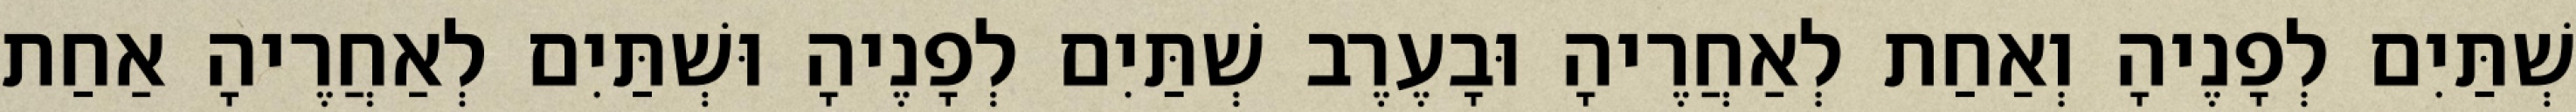
שְׁתַּיִם לְפָנֶיהָ וְאַחַת לְאַחֲרֶיהָ וּבָעֶרֶב שְׁתַּיִם לְפָנֶיהָ וּשְׁתַּיִם לְאַחֲרֶיהָ אַחַת